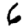
Digit: 6